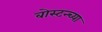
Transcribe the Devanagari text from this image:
बोस्टन्च्या